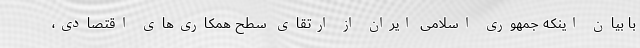
با بیان اینکه جمهوری اسلامی ایران از ارتقای سطح همکاری‌های اقتصادی،